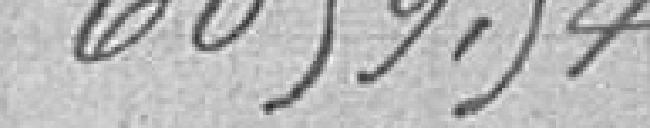
6059,54